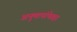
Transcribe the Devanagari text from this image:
अनुमानांपेक्षा